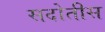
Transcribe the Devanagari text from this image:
सदोतीस